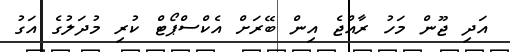
އަދި ޖޫން މަހު ރާއްޖެ އިން ބޭރަށް އެކްސްޕޯޓް ކުރި މުދަލުގެ އަގު